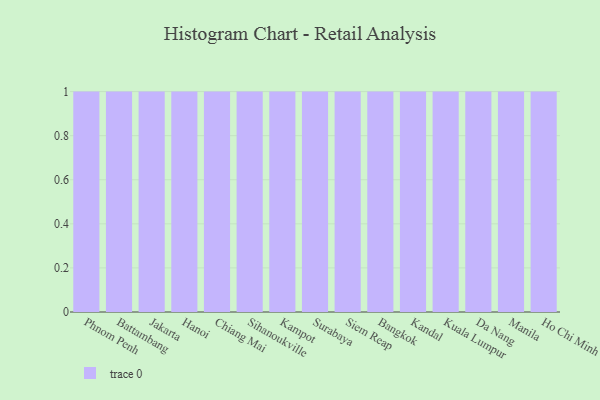
{"axis": {"x": "City", "y": "Energy Usage (MWh)"}, "legend": [""], "data": [{"x": "Phnom Penh", "y": 65, "type": ""}, {"x": "Battambang", "y": 21, "type": ""}, {"x": "Jakarta", "y": 97, "type": ""}, {"x": "Hanoi", "y": 34, "type": ""}, {"x": "Chiang Mai", "y": 43, "type": ""}, {"x": "Sihanoukville", "y": 70, "type": ""}, {"x": "Kampot", "y": 15, "type": ""}, {"x": "Surabaya", "y": 57, "type": ""}, {"x": "Siem Reap", "y": 62, "type": ""}, {"x": "Bangkok", "y": 96, "type": ""}, {"x": "Kandal", "y": 18, "type": ""}, {"x": "Kuala Lumpur", "y": 56, "type": ""}, {"x": "Da Nang", "y": 95, "type": ""}, {"x": "Manila", "y": 25, "type": ""}, {"x": "Ho Chi Minh City", "y": 33, "type": ""}]}